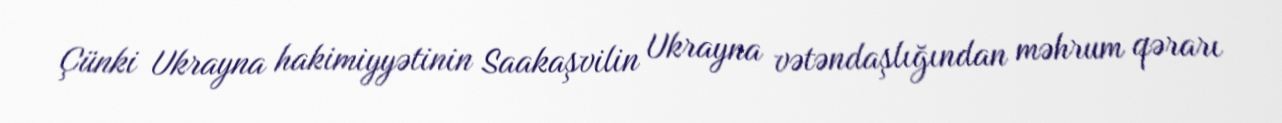
Çünki Ukrayna hakimiyyətinin Saakaşvilin Ukrayna vətəndaşlığından məhrum qərarı